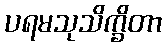
ပရမသုသိက္ခိတာ